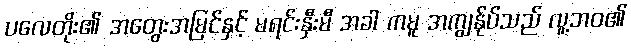
ပလေတိုး၏ အတွေးအမြင်နှင့် မရင်းနှီးမီ အခါ ကမူ အကျွန်ုပ်သည် လူ့ဘဝ၏